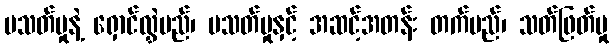
မသတ်မှုနဲ့ ရှောင်လွှဲမည်၊ မသတ်မှုနှင့် အဆင့်အတန်း တက်မည်၊ သတ်ဖြတ်မှု